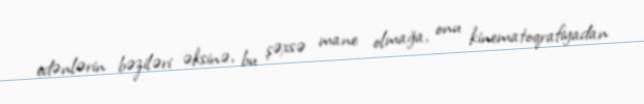
edənlərin bəziləri əksinə, bu şəxsə mane olmağa, onu kinematoqrafiyadan